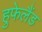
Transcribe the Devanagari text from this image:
हुफेलैंड